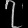
Digit: ၇